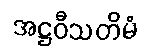
အဋ္ဌဝီသတိမံ